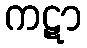
ကဋာ